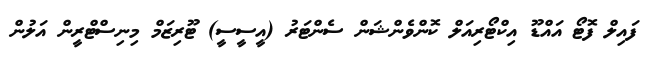
ފައިލް ފޮޓޯ އައްޑޫ އިކްޓޯރިއަލް ކޮންވެންޝަން ސެންޓަރު (އީސީސީ) ޓޫރިޒަމް މިނިސްޓްރީން އަލުން